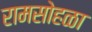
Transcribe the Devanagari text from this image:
रामसोहळा